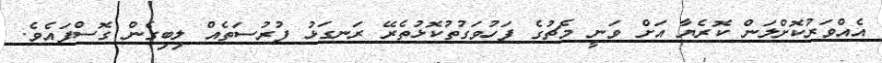
އެއްވަރުކޮށްލަން ކޮރެޔާ އަށް ވަނީ މެޗުގެ ފަހުވަގުތުކޮޅުތެރޭ ރަނގަޅު ފުރުސަތެއް ލިބިގެން ގޮސްފައެވެ.